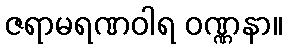
ဇရာမရဏဝါရ ဝဏ္ဏနာ။